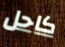
كاحل